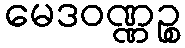
မေဒဝဏ္ဏဉ္စ